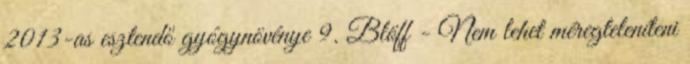
2013-as esztendő gyógynövénye 9. Blöff - Nem lehet méregteleníteni